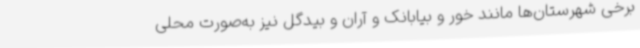
برخی شهرستان‌ها مانند خور و بیابانک و آران و بیدگل نیز به‌صورت محلی